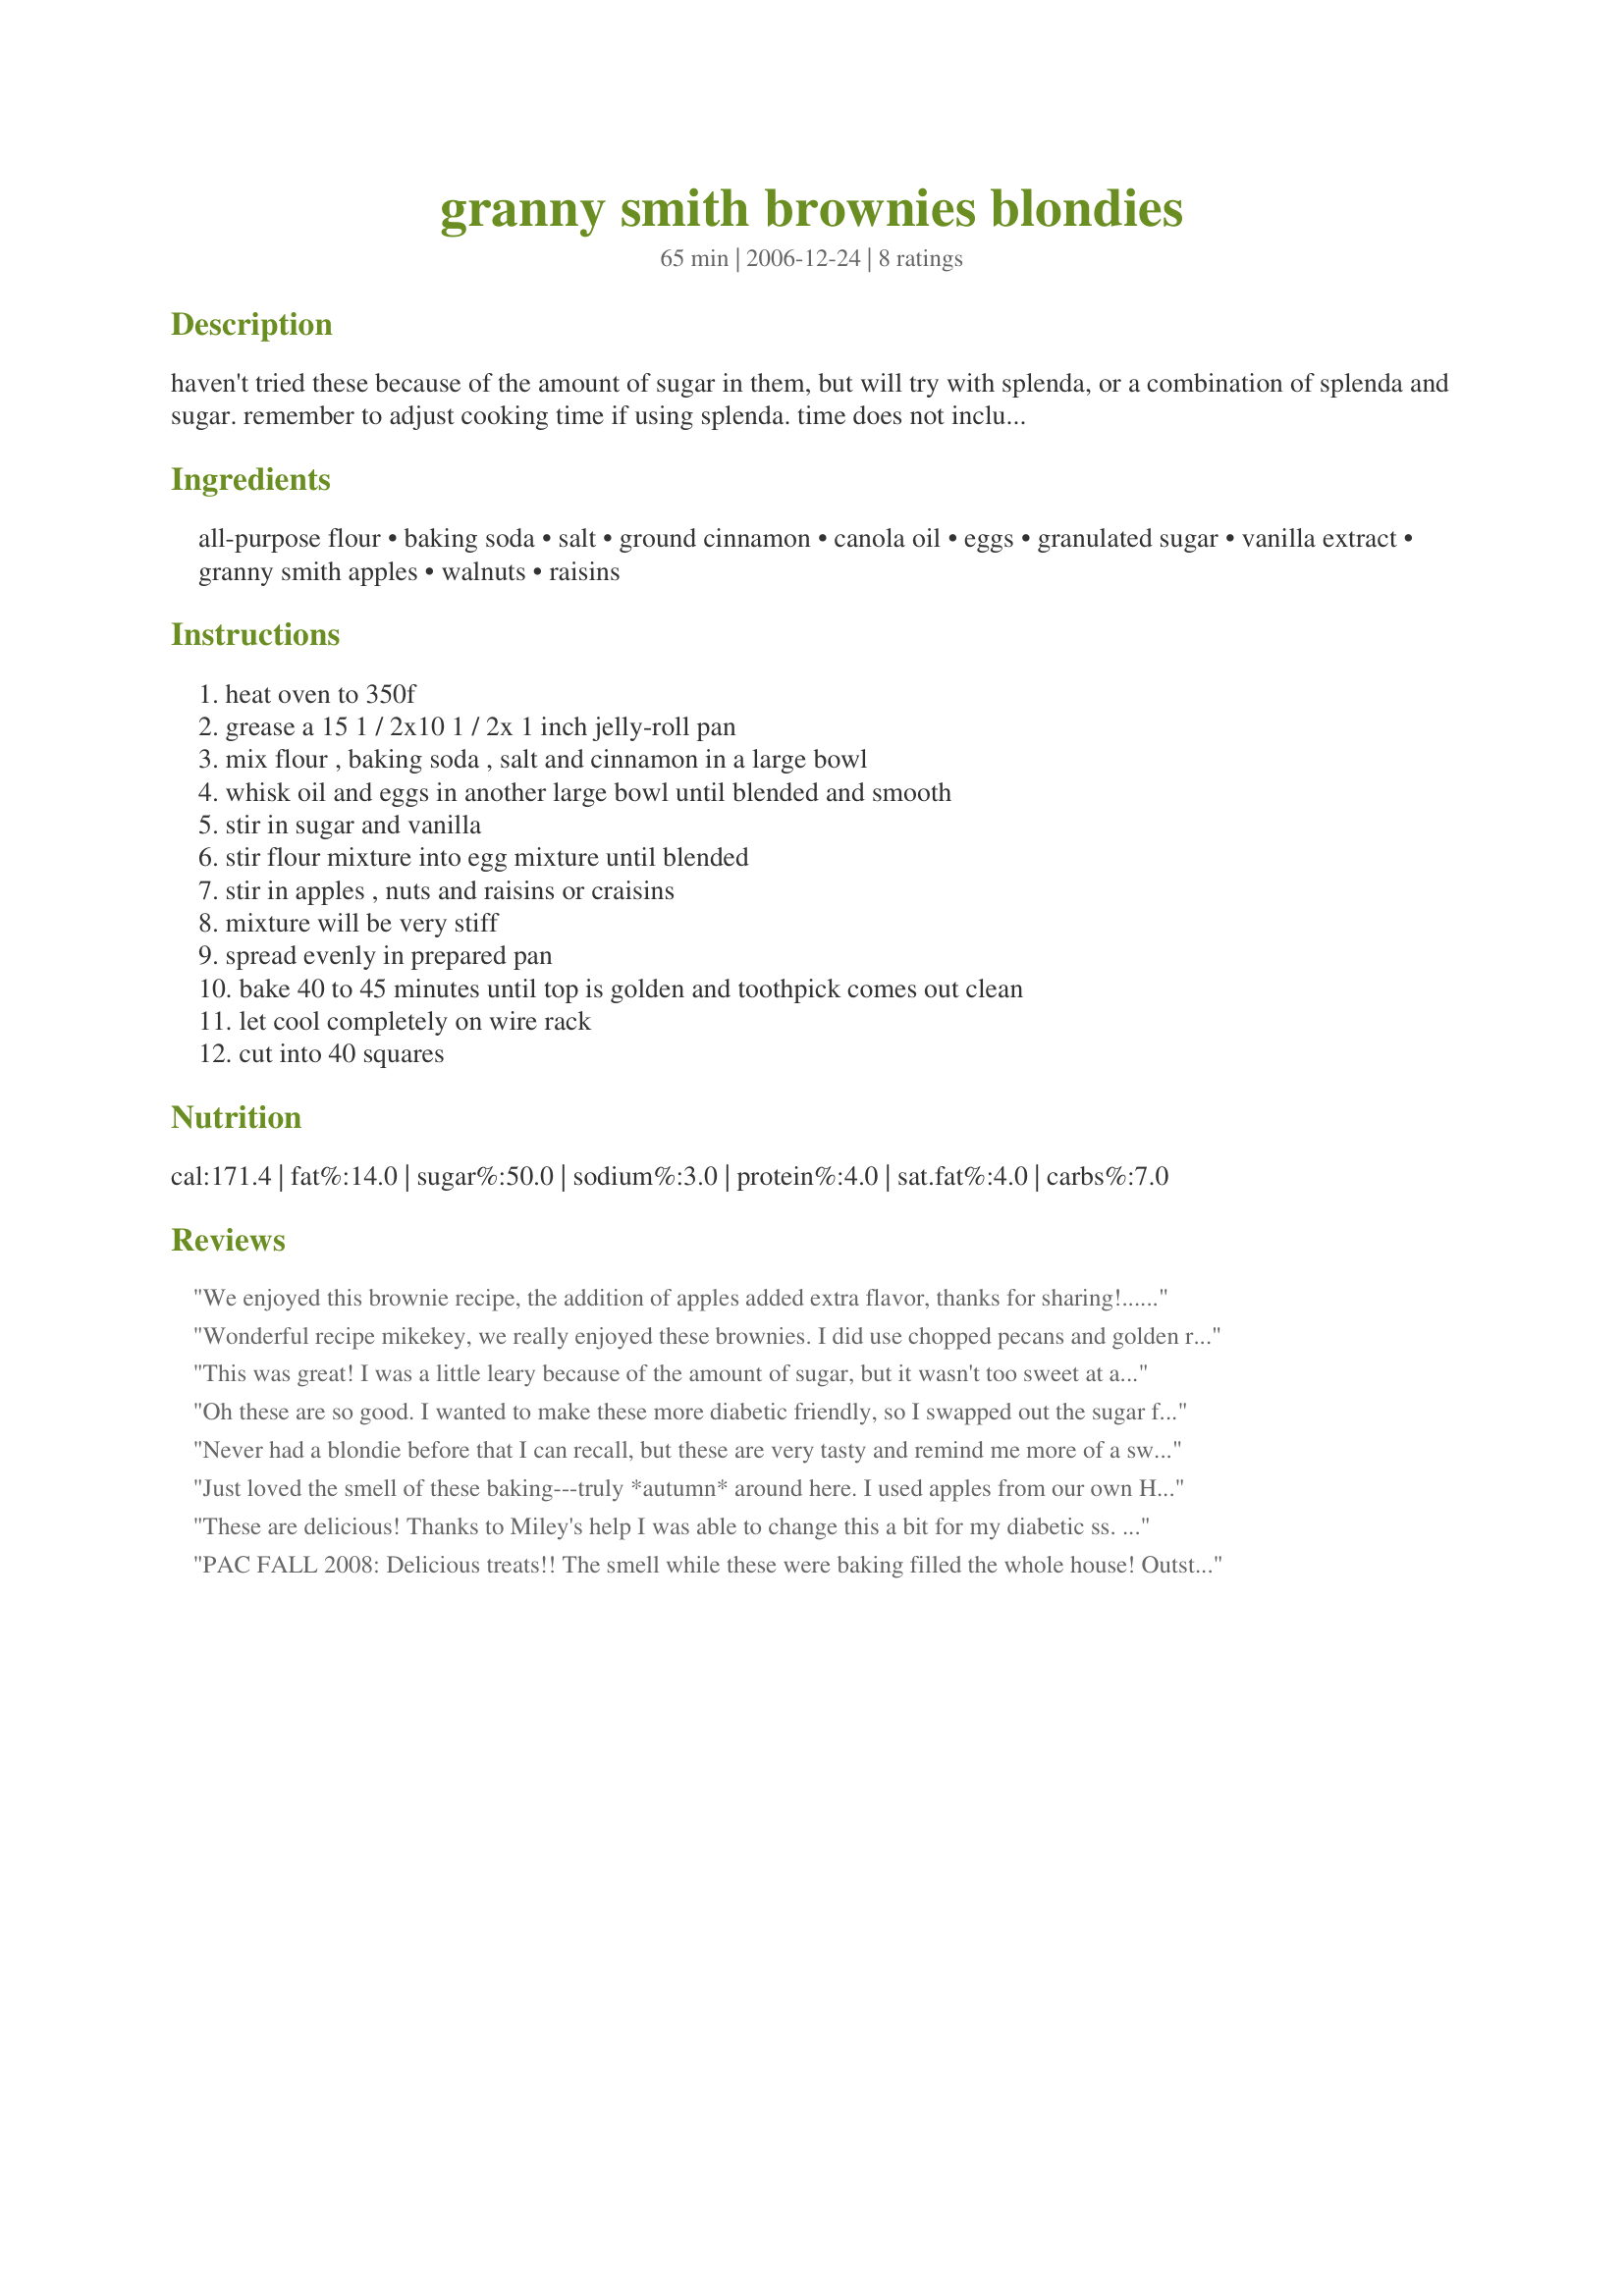
granny smith brownies blondies
Preparation time: 65 minutes

haven't tried these because of the amount of sugar in them, but will try with splenda, or a combination of splenda and sugar. remember to adjust cooking time if using splenda. time does not include cooling time.

Ingredients:
all-purpose flour, baking soda, salt, ground cinnamon, canola oil, eggs, granulated sugar, vanilla extract, granny smith apples, walnuts, raisins

Steps:
heat oven to 350f, grease a 15 1 / 2x10 1 / 2x 1 inch jelly-roll pan, mix flour , baking soda , salt and cinnamon in a large bowl, whisk oil and eggs in another large bowl until blended and smooth, stir in sugar and vanilla, stir flour mixture into egg mixture until blended, stir in apples , nuts and raisins or craisins, mixture will be very stiff, spread evenly in prepared pan, bake 40 to 45 minutes until top is golden and toothpick comes out clean, let cool completely on wire rack, cut into 40 squares

Reviews:
We enjoyed this brownie recipe, the addition of apples added extra flavor, thanks for sharing!...Kitten :)
Wonderful recipe mikekey, we really enjoyed these brownies. I did use chopped pecans and golden raisins since that is what I had on hand. The amount of sugar did raise an eyebrow but like the other reviewer mentioned they were not overly sweet at all. I think craisins would be very tasty and will give them a try next time. Made and reviewed for Please Review My Recipe tag game.
This was great! I was a little leary because of the amount of sugar, but it wasn't too sweet at all! I used pecans and raisins, and my daughter says I'm the best cooker for them LOL
Oh these are so good. I wanted to make these more diabetic friendly, so I swapped out the sugar for splenda and the oil for applesauce, which really went quite well with the apples in the mix already! I used craisins and pecans too. They didn't set up quite as firmly as I'd like to have had them, but with the changes made, it is to be expected. I will be making these next Tuesday night for a church group that is focusing on living healthy. I think it will turn a few heads when they see this dessert heading their way! Made and Reviewed for Diabetic Tag - Thanks! :)
Never had a blondie before that I can recall, but these are very tasty and remind me more of a sweet apple bread. They seem to be missing the chewy denseness of brownies that I like so much, but I will make this again as apple bread because I liked the flavor a lot. Thanks for the recipe!!
Just loved the smell of these baking---truly *autumn* around here. I used apples from our own HoneyCrisp trees which is always right up my alley! And golden instead of dark raisins, so they don't show up in the cake as well as dark would, but they plumped up so nicely. Would've given this 5-stars except I was frustrated by the mixed up ingredients listed....I like them listed in order called for in the recipe; things together one right after each other. So, other than that...this was/is an excellent recipe!
These are delicious! Thanks to Miley's help I was able to change this a bit for my diabetic ss. I chose to put One part sugar and 2 parts splenda. Everybody loved how moist and how good they came out. You could not tell I changed this recipe for him. Highly recommend on making this nice dessert.
PAC FALL 2008: Delicious treats!! The smell while these were baking filled the whole house! Outstanding. My 5yr old helping me mix everything up and she was the first to sample - "deese are good mom" she said with her mouth full!
